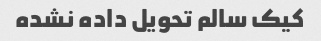
کیک سالم تحویل داده نشده